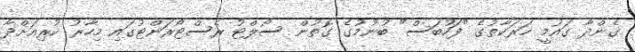
ގެންދާ ގައުމީ ހަރަކާތުގެ "ފަހުބަސް" ބުނުމުގެ ގޮތުން ސޯލްޓު ރެސްޓޯރަންޓުގައި މިހާރު ކުރިއަށްދާ